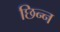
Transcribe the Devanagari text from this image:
छिन्‍न